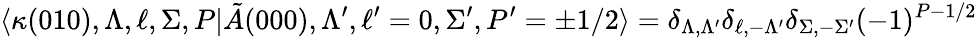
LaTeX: \langle\kappa(010),\Lambda,\ell,\Sigma,P|\tilde{A}(000),\Lambda^{\prime},\ell^{\prime}=0,\Sigma^{\prime},P^{\prime}=\pm 1/2\rangle=\delta_{\Lambda,\Lambda^{\prime}}\delta_{\ell,-\Lambda^{\prime}}\delta_{\Sigma,-\Sigma^{\prime}}(-1)^{P-1/2}